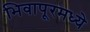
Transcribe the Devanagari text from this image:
भिवापूरमध्ये